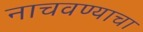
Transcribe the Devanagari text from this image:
नाचवण्याचा